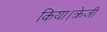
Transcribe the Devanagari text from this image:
किया।क्रेजी